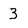
Character: 3